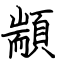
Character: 顓